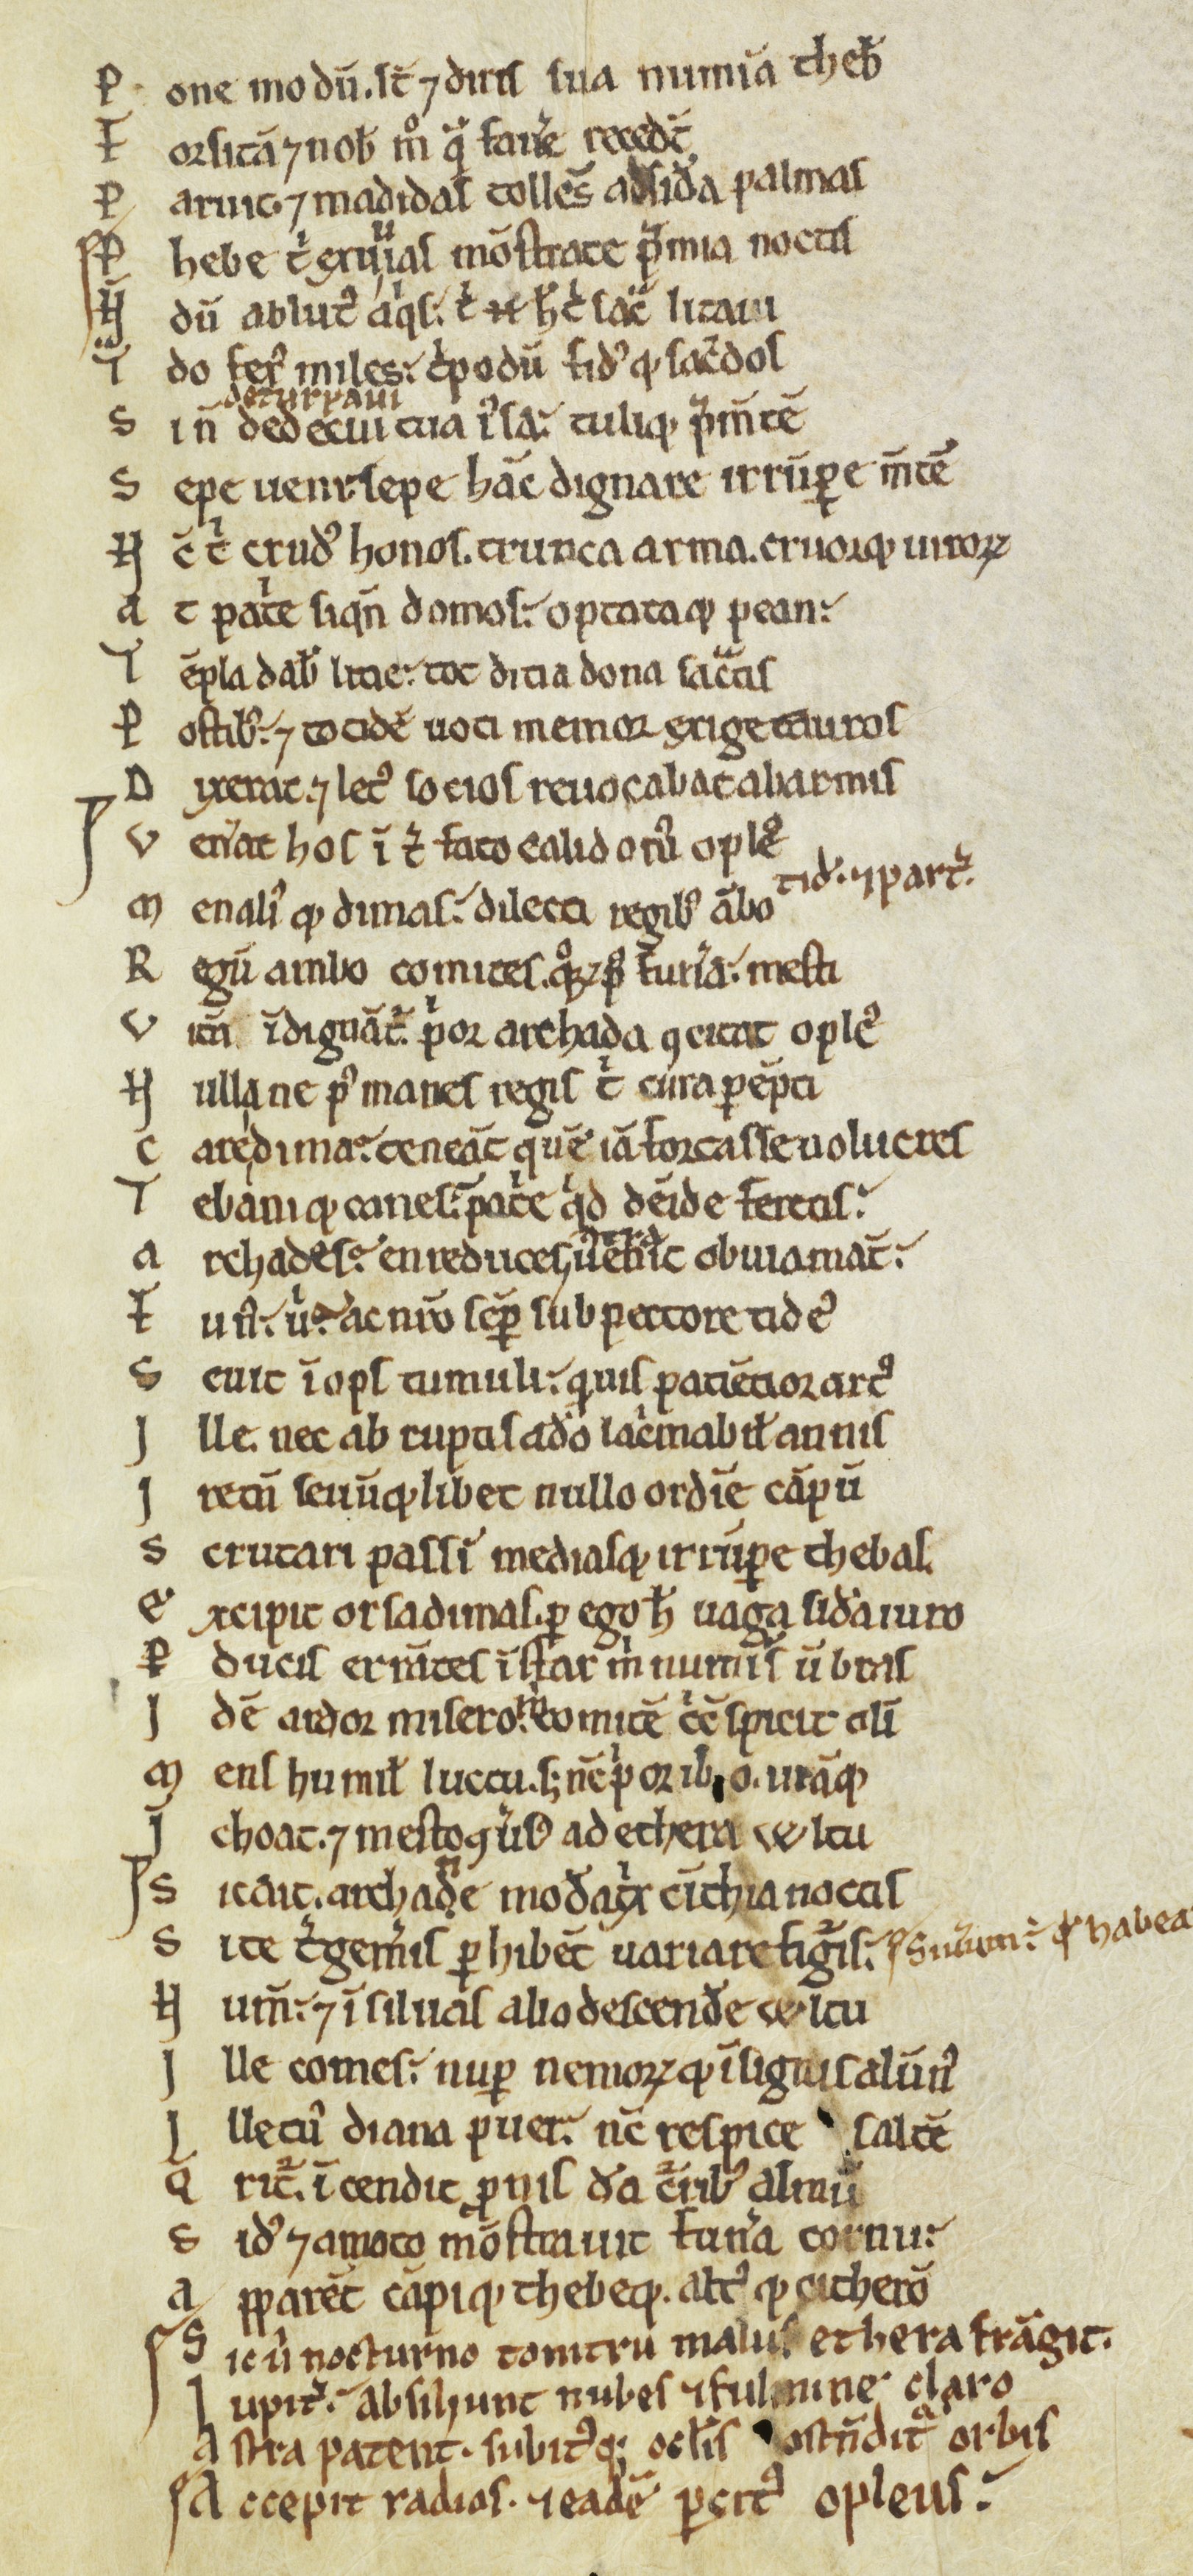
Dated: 1100–1199